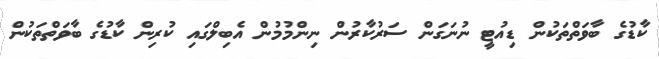
ކާޑުގެ ބާވަތްތަކުން ޑިއުޓީ ނުނަގަން ސަރުކާރުން ނިންމުމުން އެބިލްގައި ކުރިން ކާޑުގެ ބާވަތްތަކުން